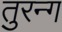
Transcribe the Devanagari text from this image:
तुरन्ग